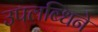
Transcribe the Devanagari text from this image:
उपलब्धिने